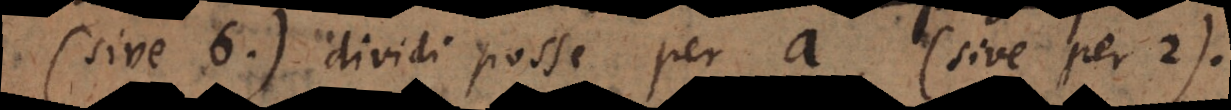
vel h dividi posse per a (sive per 2).